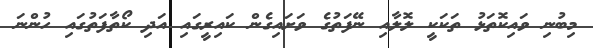
މިބުނި ވައިކޮތަޅު ތަކަކީ ލޮލާއި ނޭފަތުގެ ވަށައިގެން ކައިރީގައި އަދި ކޯތާފަތުގައި ހުންނަ